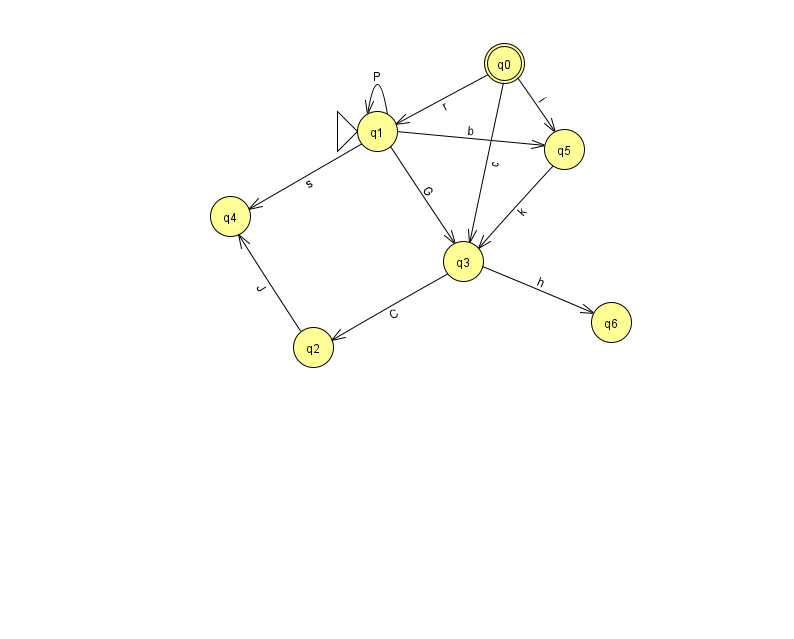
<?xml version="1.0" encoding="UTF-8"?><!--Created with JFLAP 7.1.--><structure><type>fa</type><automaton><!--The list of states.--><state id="0" name="q0"><x>504.0</x><y>50.0</y><final/></state><state id="1" name="q1"><x>377.0</x><y>118.0</y><initial/></state><state id="2" name="q2"><x>313.0</x><y>334.0</y></state><state id="3" name="q3"><x>463.0</x><y>248.0</y></state><state id="4" name="q4"><x>230.0</x><y>203.0</y></state><state id="5" name="q5"><x>564.0</x><y>136.0</y></state><state id="6" name="q6"><x>611.0</x><y>309.0</y></state><!--The list of transitions.--><transition><from>1</from><to>1</to><read>P</read></transition><transition><from>1</from><to>3</to><read>G</read></transition><transition><from>5</from><to>3</to><read>k</read></transition><transition><from>3</from><to>6</to><read>h</read></transition><transition><from>0</from><to>5</to><read>i</read></transition><transition><from>0</from><to>3</to><read>c</read></transition><transition><from>0</from><to>1</to><read>r</read></transition><transition><from>1</from><to>5</to><read>b</read></transition><transition><from>2</from><to>4</to><read>J</read></transition><transition><from>1</from><to>4</to><read>s</read></transition><transition><from>3</from><to>2</to><read>C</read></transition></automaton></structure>